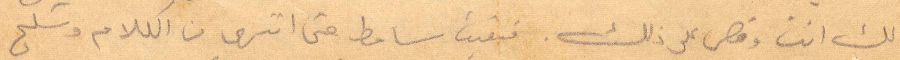
لك انت وقص على ذلك. فبقيت سامطًا حتى انتهى من الكلام وشلح